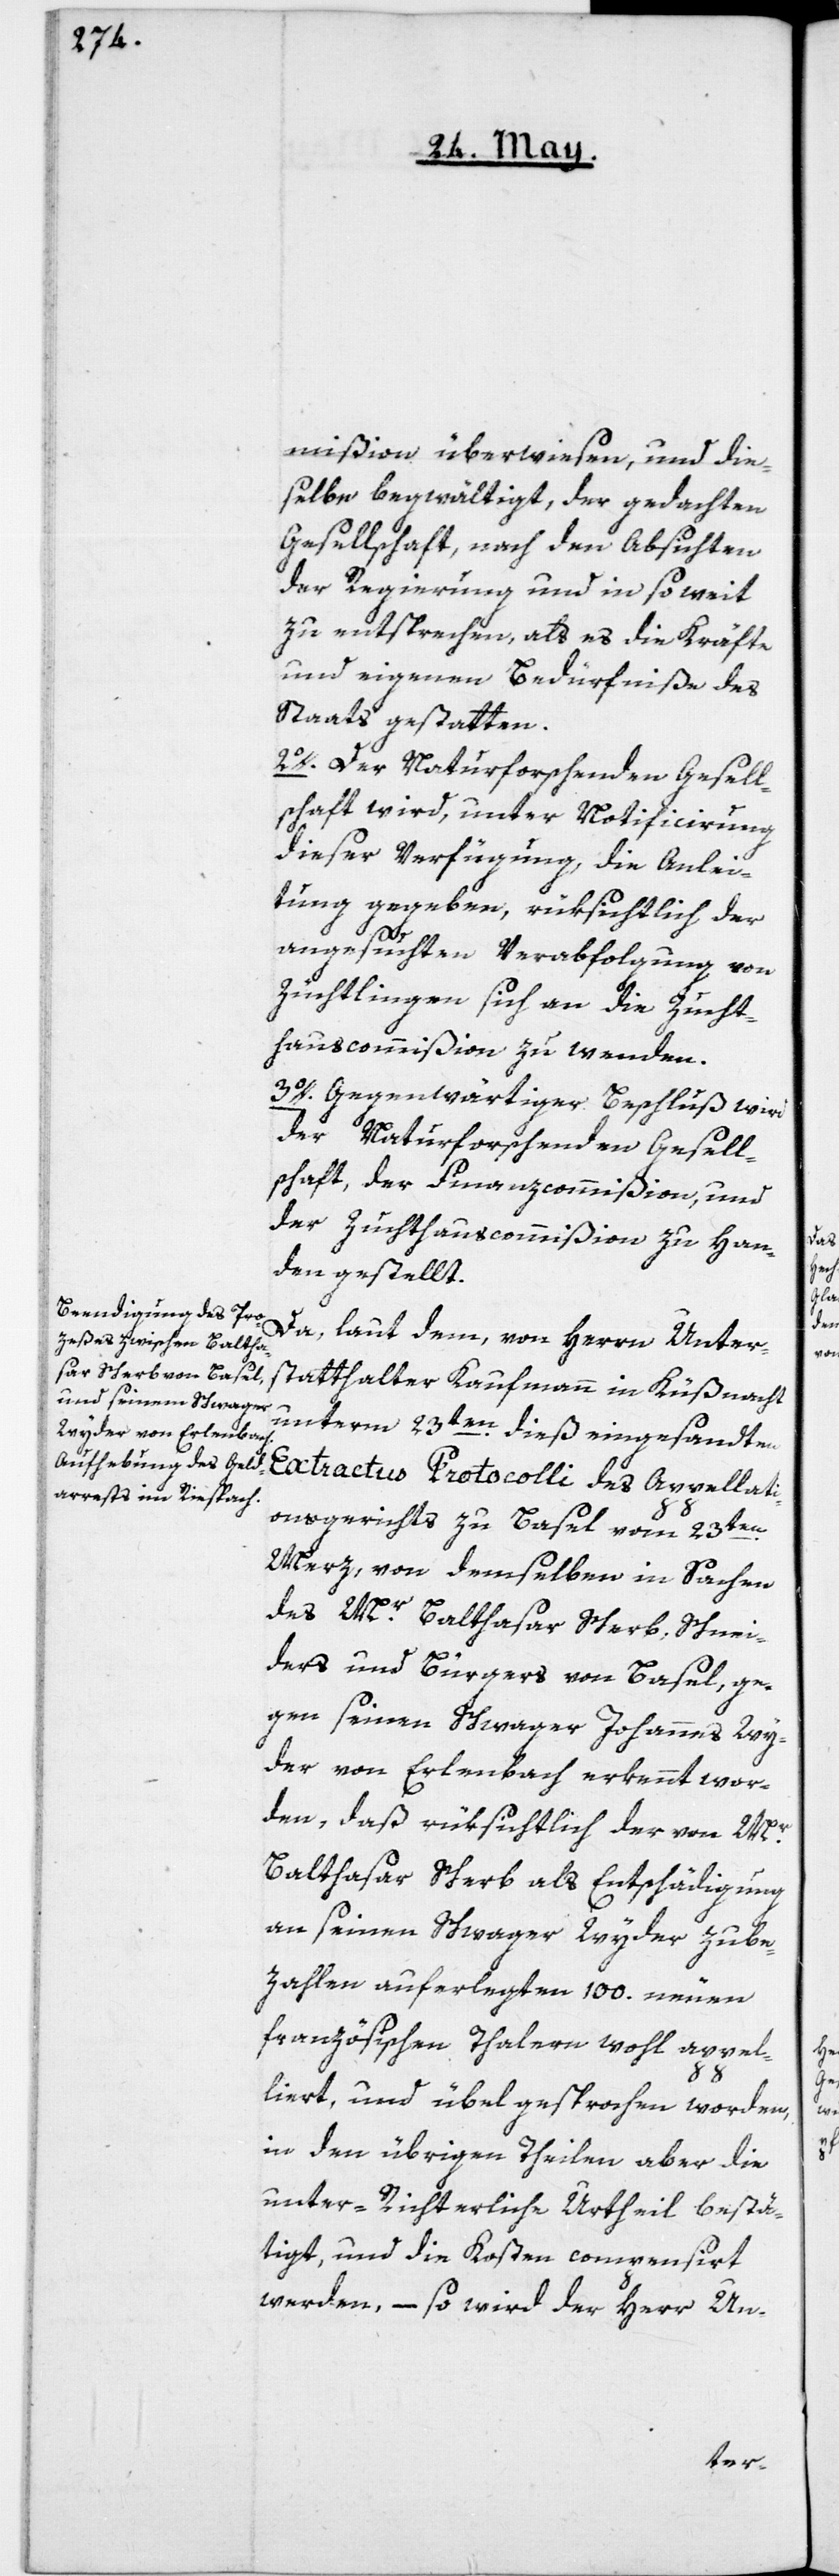
mißion überwiesen, und die¬
selbe begwältigt, der gedachten
Gesellschaft, nach den Absichten
der Regierung und in so weit
zu entsprechen, als es die Kräfte
und eigenen Bedürfniße des
Staats gestatten.
2o. Der Naturforschenden Gesell¬
schaft wird, unter Notificirung
dieser Verfügung, die Anlei¬
tung gegeben, rüksichtlich der
angesuchten Verabfolgung von
Züchtlingen sich an die Zucht¬
hauscommißion zu wenden.
3o. Gegenwärtiger Beschluß wird
der Naturforschenden Gesell¬
schaft, der Finanzcommißion und
der Zuchthauscommißion zu Han¬
den gestellt.
Da, laut dem, von Herrn Unter¬
statthalter Kaufmann in Küßnacht
unterm 23ten dieß eingesandten
Extractus Protocolli des Appellati¬
onsgerichts zu Basel vom 23ten
Merz, von demselben in Sachen
des Mr. Balthasar Scherb, Schnei¬
ders und Bürgers von Basel, ge¬
gen seinen Schwager Johannes Wy¬
der von Erlenbach erkennt wor¬
den, daß rüksichtlich der von Mr.
Balthasar Scherb als Entschädigung
an seinen Schwager Wyder zube¬
zahlen auferlegten 100. neuen
französischen Thalern wohl appel¬
liert, und übel gesprochen worden,
in den übrigen Theilen aber die
unter-Richterliche Urtheil bestä¬
tigt, und die Kosten compensirt
werden, – so wird der Herr Un-